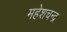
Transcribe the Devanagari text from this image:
महेशचन्द्र